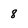
Character: 8